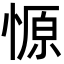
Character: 㥳